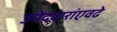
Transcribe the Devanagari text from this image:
उमेदवारांएवढे